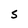
Character: S